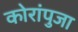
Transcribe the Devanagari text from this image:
कोरांपुजा